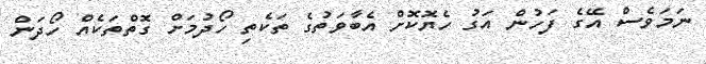
ނަމަވެސް އޭގެ ފަހުން އަގު ހެޔޮކޮށް އެބާވަތުގެ ތަކެތި ހޯދުމަށް ގޮތްތަކެއް ހޯދަން